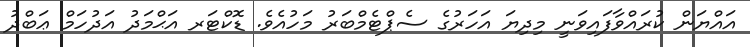
އައްޔަން ކުރައްވާފައިވަނީ މިދިޔަ އަހަރުގެ ސެޕްޓެމްބަރު މަހުއެވެ. ޑޮކްޓަރ އަޙްމަދު އަދުހަމް ޢަބްދު